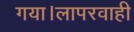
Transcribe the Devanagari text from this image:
गया।लापरवाही